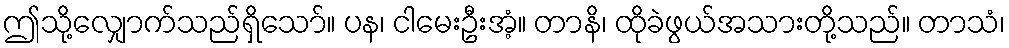
ဤသို့လျှောက်သည်ရှိသော်။ ပန၊ ငါမေးဦးအံ့။ တာနိ၊ ထိုခဲဖွယ်အသားတို့သည်။ တာသံ၊